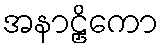
အနာဠှိကော